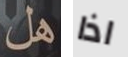
هل اذا